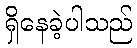
ရှိနေခဲ့ပါသည်